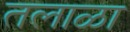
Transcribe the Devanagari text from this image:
तलाळा